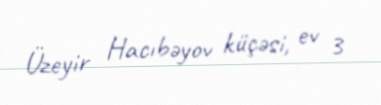
Üzeyir Hacıbəyov küçəsi, ev 3